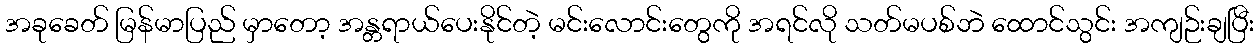
အခုခေတ် မြန်မာပြည် မှာတော့ အန္တရာယ်ပေးနိုင်တဲ့ မင်းလောင်းတွေကို အရင်လို သတ်မပစ်ဘဲ ထောင်သွင်း အကျဉ်းချပြီး